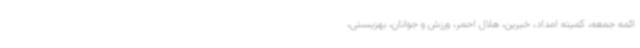
ائمه جمعه، کمیته امداد، خیرین، هلال احمر، ورزش و جوانان، بهزیستی،